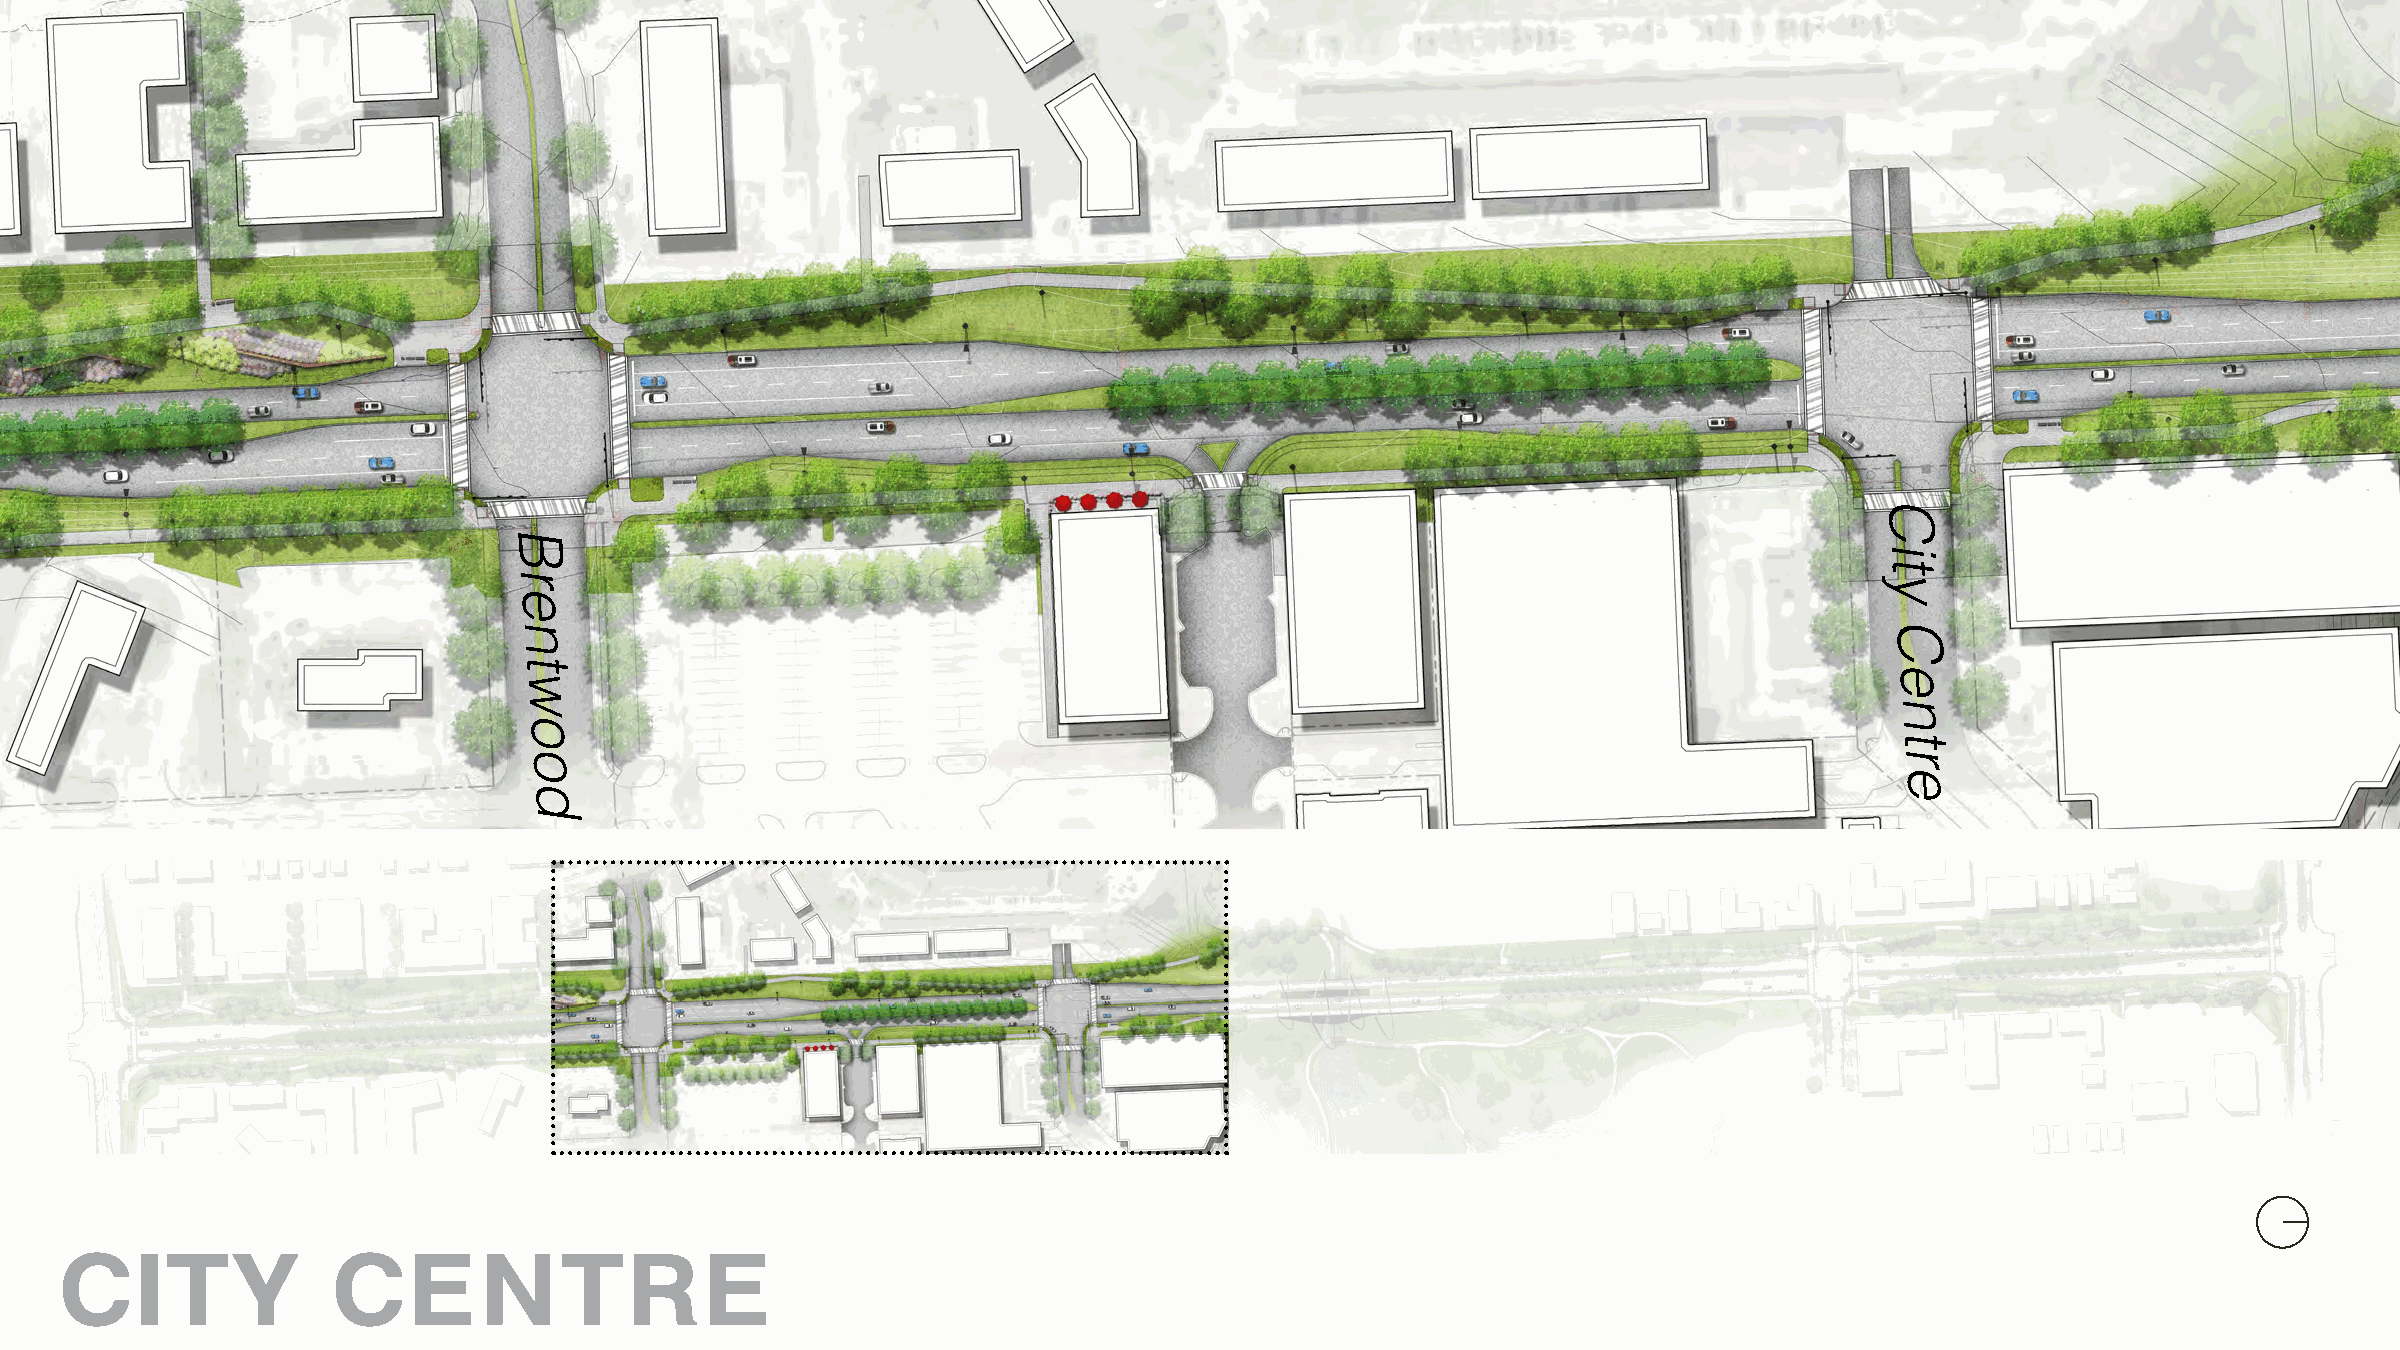
C
 B
 i
 t
 r                                                                                          y
 e
 n                                                                                          C
 t
 e
 w
 n
 o
 t
 o                                                                                          r
 e
 d
 CITY              CENTRE